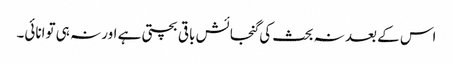
اس کے بعد نہ بحث کی گنجائش باقی بچتی ہے اور نہ ہی توانائی۔